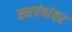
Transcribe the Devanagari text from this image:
सरपंचांवर